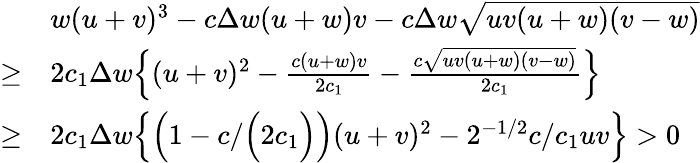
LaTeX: \begin{array}{rl}&{w(u+v)^{3}-c\Delta w(u+w)v-c\Delta w\sqrt{uv(u+w)(v-w)}}\\ {\geq}&{2c_{1}\Delta w\Big\{ (u+v)^{2}-\frac{c(u+w)v}{2c_{1}}-\frac{c\sqrt{uv(u+w)(v-w)}}{2c_{1}}\Big\} }\\ {\geq}&{2c_{1}\Delta w\Big\{ \Big(1-c/\Big(2c_{1}\Big)\Big)(u+v)^{2}-2^{-1/2}c/c_{1}uv\Big\} >0}\end{array}